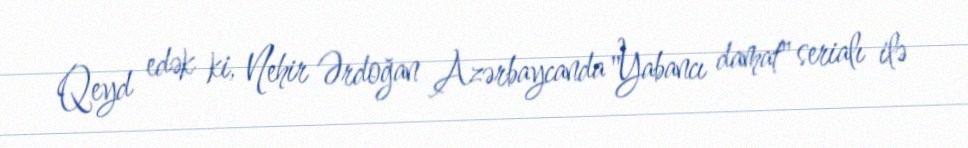
Qeyd edək ki, Nehir Ərdoğan Azərbaycanda "Yabancı damat" serialı ilə